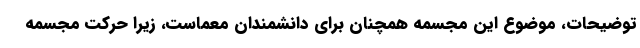
توضیحات، موضوع این مجسمه همچنان برای دانشمندان معماست، زیرا حرکت مجسمه